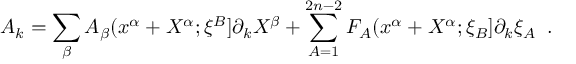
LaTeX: A _ { k } = \sum _ { \beta } A _ { \beta } ( x ^ { \alpha } + X ^ { \alpha } ; \xi ^ { B } ] \partial _ { k } X ^ { \beta } + \sum _ { A = 1 } ^ { 2 n - 2 } F _ { A } ( x ^ { \alpha } + X ^ { \alpha } ; \xi _ { B } ] \partial _ { k } \xi _ { A } \; \; .